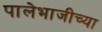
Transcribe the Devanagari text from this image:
पालेभाजीच्या